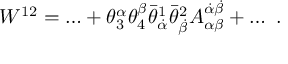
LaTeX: W ^ { 1 2 } = \ldots + \theta _ { 3 } ^ { \alpha } \theta _ { 4 } ^ { \beta } \bar { \theta } _ { \dot { \alpha } } ^ { 1 } \bar { \theta } _ { \dot { \beta } } ^ { 2 } A _ { \alpha \beta } ^ { \dot { \alpha } \dot { \beta } } + \ldots \ .